Annual statistical returns and brief notes on vaccination in Bengal - 1887-1898
Year: 1887
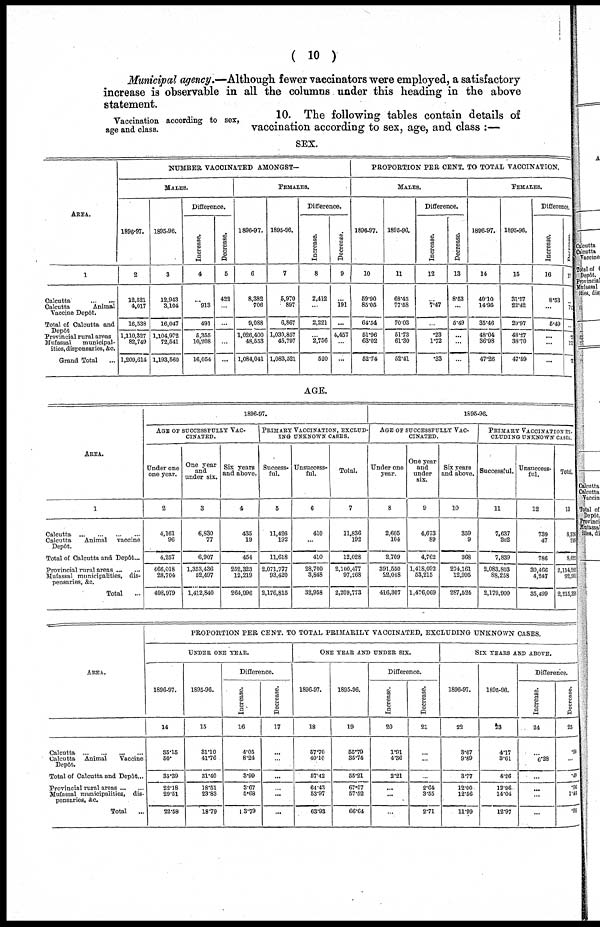
( 10 )
Municipal agency.—Although fewer vaccinators were employed, a satisfactory
increase is observable in all the columns under this heading in the above
statement.
Vaccination according to sex,
age and class.
10. The following tables contain details of
vaccination according to sex, age, and class :—
SEX.
AREA.
1
Calcutta ... ...
Calcutta
Animal
Vaccine Depôt.
Total of Calcutta and
Depôt
Provincial rural areas
Mufassal
municipal-
ities, dispensaries, &c.
Grand Total ...
NUMBER VACCINATED AMONGST—
MALES.
1896-97.
2
12,521
4,017
16,538
1,110,327
82,749
1,209,614
1895-96.
3
12,943
3,104
16,047
1,104,972
72,541
1,193,560
Difference.
Increase.
4
...
913
491
5,355
10,208
16,054
Decrease.
5
422
...
...
...
...
FEMALES.
1896-97.
6
8,382
706
9,088
1,026,400
48,553
1,084,041
1895-96.
7
5,970
897
6,867
1,030,857
45,797
1,083,521
Difference.
Increase.
8
2,412
...
2,221
...
2,756
520
Decrease.
9
...
191
...
4,457
...
...
PROPORTION PER CENT. TO TOTAL VACCINATION.
MALES.
1896-97.
10
59.90
85.05
64.54
51.96
63.02
52.74
1895-96.
11
68.43
77.58
70.03
51.73
61.30
52.41
Difference.
Increase.
12
...
7.47
...
.23
1.72
.33
Decrease.
13
8.53
...
5.49
...
...
...
FEMALES.
1896-97.
14
40.10
14.95
35.46
48.04
36.98
47.26
1895-96.
15
31.57
22.42
29.97
48.27
38.70
47.59
Difference.
Increase.
16
8.53
...
5.49
...
...
...
Decrease.
17
...
74
...
...
12
33
AGE.
AREA.
1
Calcutta
...
...
...
...
Calcutta
Animal vaccine
Depôt.
Total of Calcutta and Depôt ...
Provincial rural areas ... ...
Mutassal municipalities, dis-
pensaries, &c.
Total ...
1896-97.
AGE OF SUCCESSFULLY VAC-
CINATED.
Under one
one year.
2
4,161
96
4,257
466,018
28,704
498,979
One year
and
under six.
3
6,830
77
6,907
1,353,436
52,497
1,412,840
Six years
and above.
4
435
19
454
252,323
12,219
264,996
PRIMARY VACCINATION, EXCLUD-
ING UNKNOWN CASES.
Success-
ful.
5
11,426
192
11,618
2,071,777
93,420
2,176,815
Unsuccess-
ful.
6
410
...
410
28,700
3,848
32,958
Total.
7
11,836
192
12,028
2,100,477
97,268
2,209,773
1895-96.
AGE OF SUCCESSFULLY VAC-
CINATED.
Under one
year.
8
2,605
104
2,709
391,550
22,048
416,307
One year
and
under
six.
9
4,673
89
4,762
1,418,092
53,215
1,476,069
Six years
and above.
10
359
9
368
274,161
12,995
287,524
PRIMARY VACCINATION EX-
CLUDING UNKNOWN CASES.
Successful.
11
7,637
202
7,839
2,083,803
88,258
2,179,900
Unsuccess-
ful.
12
739
47
786
30,466
4,247
35,499
Total.
13
8,376
249
8,626
2,114,262
92,505
2,215,398
AREA.
Calcutta ... ... ... ...
Calcutta
Animal
Vaccine
Depôt.
Total of Calcutta and Depôt ...
Provincial rural areas ... ...
Mufassal municipalities,
dis-
pensaries, &c.
Total ...
PROPORTION PER CENT. TO TOTAL PRIMARILY VACCINATED, EXCLUDING UNKNOWN CASES.
UNDER ONE YEAR.
1896-97.
14
35.15
50.
35.39
22.18
29.51
22.58
1895-96.
15
31.10
41.76
31.40
18.51
23.83
18.79
Difference.
Increase.
16
4.05
8.24
3.99
3.67
5.68
13.79
Decrease.
17
...
...
...
...
...
...
ONE YEAR AND UNDER SIX.
1896-97.
18
57.70
40.10
57.42
64.43
53.97
63.93
1895-96.
19
55.79
35.74
55.21
67.07
57.52
66.64
Difference.
Increase.
20
1.91
4.36
2.21
...
...
...
Decrease.
21
...
...
...
2.64
3.55
2.71
SIX YEARS AND ABOVE.
1896-97.
22
3.67
9.89
3.77
12.00
12.56
11.99
1895-96.
23
4.17
3.61
4.26
12.96
14.04
12.97
Difference.
Increase.
24
...
6.28
...
...
...
...
Decrease.
25
.50
...
.49
. 96
1.48
. 98